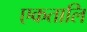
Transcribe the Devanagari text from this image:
एकतालि